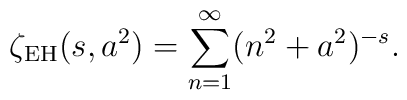
\zeta_{{\rm EH}}(s,a^2)=\sum_{n=1}^{\infty}(n^2+a^2)^{-s}{.}